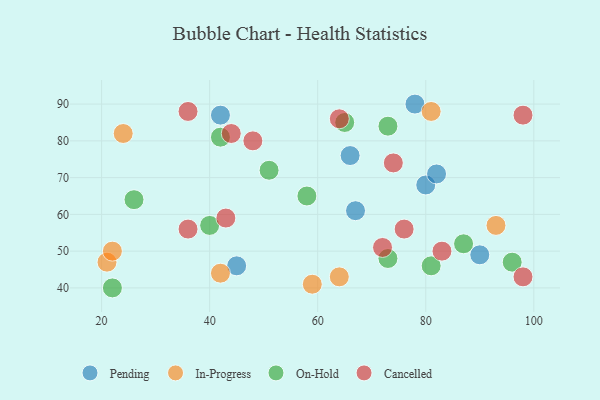
{"axis": {"x": "GDP", "y": "Life Expectancy"}, "legend": ["Cancelled", "In-Progress", "On-Hold", "Pending"], "data": [{"x": "67", "y": 61, "type": "Pending"}, {"x": "90", "y": 49, "type": "Pending"}, {"x": "80", "y": 68, "type": "Pending"}, {"x": "66", "y": 76, "type": "Pending"}, {"x": "45", "y": 46, "type": "Pending"}, {"x": "78", "y": 90, "type": "Pending"}, {"x": "82", "y": 71, "type": "Pending"}, {"x": "42", "y": 87, "type": "Pending"}, {"x": "64", "y": 43, "type": "In-Progress"}, {"x": "59", "y": 41, "type": "In-Progress"}, {"x": "21", "y": 47, "type": "In-Progress"}, {"x": "81", "y": 88, "type": "In-Progress"}, {"x": "22", "y": 50, "type": "In-Progress"}, {"x": "24", "y": 82, "type": "In-Progress"}, {"x": "42", "y": 44, "type": "In-Progress"}, {"x": "93", "y": 57, "type": "In-Progress"}, {"x": "73", "y": 84, "type": "On-Hold"}, {"x": "40", "y": 57, "type": "On-Hold"}, {"x": "73", "y": 48, "type": "On-Hold"}, {"x": "58", "y": 65, "type": "On-Hold"}, {"x": "22", "y": 40, "type": "On-Hold"}, {"x": "87", "y": 52, "type": "On-Hold"}, {"x": "65", "y": 85, "type": "On-Hold"}, {"x": "26", "y": 64, "type": "On-Hold"}, {"x": "81", "y": 46, "type": "On-Hold"}, {"x": "51", "y": 72, "type": "On-Hold"}, {"x": "96", "y": 47, "type": "On-Hold"}, {"x": "42", "y": 81, "type": "On-Hold"}, {"x": "76", "y": 56, "type": "Cancelled"}, {"x": "98", "y": 87, "type": "Cancelled"}, {"x": "74", "y": 74, "type": "Cancelled"}, {"x": "36", "y": 88, "type": "Cancelled"}, {"x": "44", "y": 82, "type": "Cancelled"}, {"x": "48", "y": 80, "type": "Cancelled"}, {"x": "98", "y": 43, "type": "Cancelled"}, {"x": "43", "y": 59, "type": "Cancelled"}, {"x": "83", "y": 50, "type": "Cancelled"}, {"x": "36", "y": 56, "type": "Cancelled"}, {"x": "72", "y": 51, "type": "Cancelled"}, {"x": "64", "y": 86, "type": "Cancelled"}]}